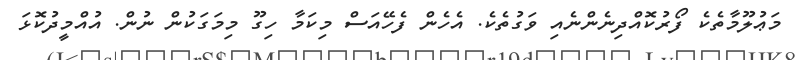
މަޢުލޫމާތެކެ ފޯރުކޮއްދިނެންނެއި ވަގުތެކެ. އެހެން ފެހޭއަސް މިކަމާ ހިގޫ މިމަގަކުން ނުން. އުއްމީދުކޮޅަ